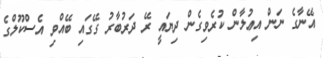
އޭނާގެ ނަން އިޢުލާން ކުރެވިގެން ދިޔައީ ރޭ ދަރުބާރު ގޭގައި ބޭއްވި އެސްކޫލްގެ